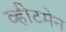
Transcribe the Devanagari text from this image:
व्हीटमेन